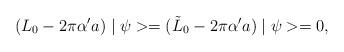
LaTeX: \begin{align*}(L_0-2\pi\alpha' a)\mid\psi>=(\tilde{L}_0-2\pi\alpha' a)\mid\psi>=0,\end{align*}